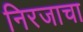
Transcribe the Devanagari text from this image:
निरजाचा